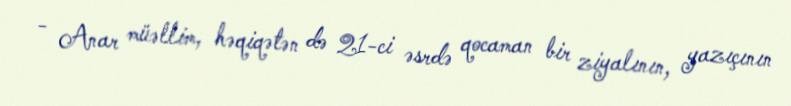
- Anar müəllim, həqiqətən də 21-ci əsrdə qocaman bir ziyalının, yazıçının